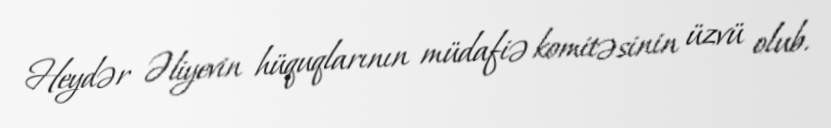
Heydər Əliyevin hüquqlarının müdafiə komitəsinin üzvü olub.